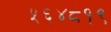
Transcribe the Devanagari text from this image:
५६४८१९